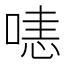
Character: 𠹤